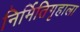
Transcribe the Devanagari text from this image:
निर्मितिगृहाला